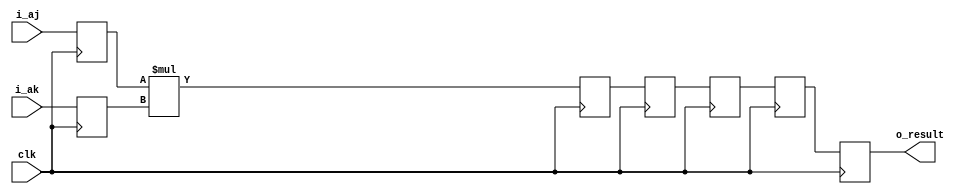
//******************************************
//       ADDRESS Multiply UNIT
//******************************************
//
//It takes 6 time units to produce a 24-bit result. No overflow is detected.
//If I add 4 partial products per cycle, it should work fine.

module fast_addr_mult(i_aj, i_ak, clk, o_result);


input wire clk;
input wire [23:0] i_aj;
input wire [23:0] i_ak;

output reg [23:0] o_result;

reg [23:0] aj_0;
reg [23:0] ak_0;
reg [47:0] result_jk;

reg [23:0] temp0;
reg [23:0] temp1;
reg [23:0] temp2;
reg [23:0] temp3;
reg [23:0] temp4;

always@(posedge clk)
begin
	//Flop the incoming
	ak_0 <= i_ak;
	aj_0 <= i_aj;
	//Do the actual multiplication (this should use hardware multipliers)
   result_jk <= aj_0 * ak_0;
	//Just pipeline the result along
   temp2    <= result_jk[23:0];
   temp3    <= temp2;
   temp4    <= temp3;
   o_result <= temp4;
end



endmodule